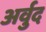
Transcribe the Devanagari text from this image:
अर्वुद